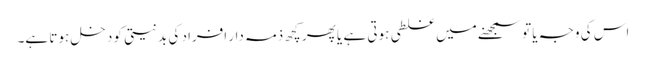
اس کی وجہ یا تو سمجھنے میں غلطی ہوتی ہے یا پھر کچھ ذمہ دار افراد کی بدنیتی کو دخل ہوتا ہے۔